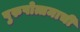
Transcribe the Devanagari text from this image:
पुरुषोत्तमाची